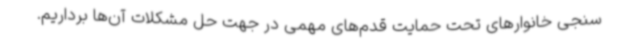
سنجی خانوارهای تحت حمایت قدم‌های مهمی در جهت حل مشکلات آن‌ها برداریم.